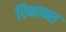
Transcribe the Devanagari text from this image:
रिकान्स